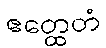
ဧတ္ထေတံ